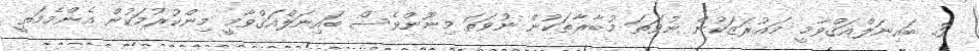
3. ބައިނަލްއަޤްވާމީ މަޢުރަޒަކުން ނުވަތަ މުބާރާތަކުން ނުވަތަ މިނޫންވެސް ބައިނަލްއަޤްވާމީ މިންކުރުމަކުން އެންމެމަތީ